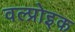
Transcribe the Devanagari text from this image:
वल्प्रोइक